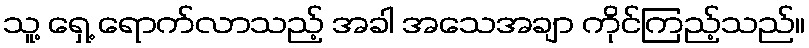
သူ့ ရှေ့ ရောက်လာသည့် အခါ အသေအချာ ကိုင်ကြည့်သည်။